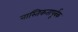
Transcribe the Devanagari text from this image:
नास्तिकतापूर्वक